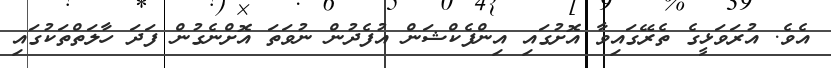
އެވެ. އުރަވަޅީގެ ތެރޭގައިވާ އޮށުގައި އިންފެކްޝަން އުފެދުން ނުވަތަ އޮށްނެގުން ފަދަ ހާލަތްތަކުގައި